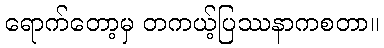
ရောက်တော့မှ တကယ့်ပြဿနာကစတာ။